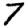
Digit: 7